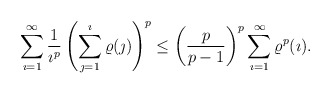
\begin{align*}\sum_{\imath=1}^{\infty}\frac{1}{\imath^p}\left(\sum_{\jmath=1}^{\imath}\varrho(\jmath)\right)^p\leq \left(\frac{p}{p-1}\right)^p\sum_{\imath=1}^{\infty}\varrho^p(\imath).\end{align*}